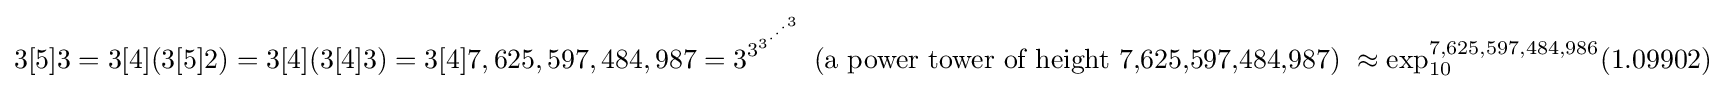
3[5]3=3[4](3[5]2)=3[4](3[4]3)=3[4]7,625,597,484,987=3^{3^{3^{\cdot ^{\cdot ^{\cdot ^{3}}}}}}{\mbox{ (a power tower of height 7,625,597,484,987) }}\approx \exp _{10}^{7,625,597,484,986}(1.09902)